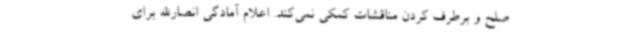
صلح و برطرف کردن مناقشات کمکی نمی‌کند. اعلام آمادگی انصارالله برای